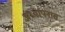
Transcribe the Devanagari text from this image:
अध्यापनास